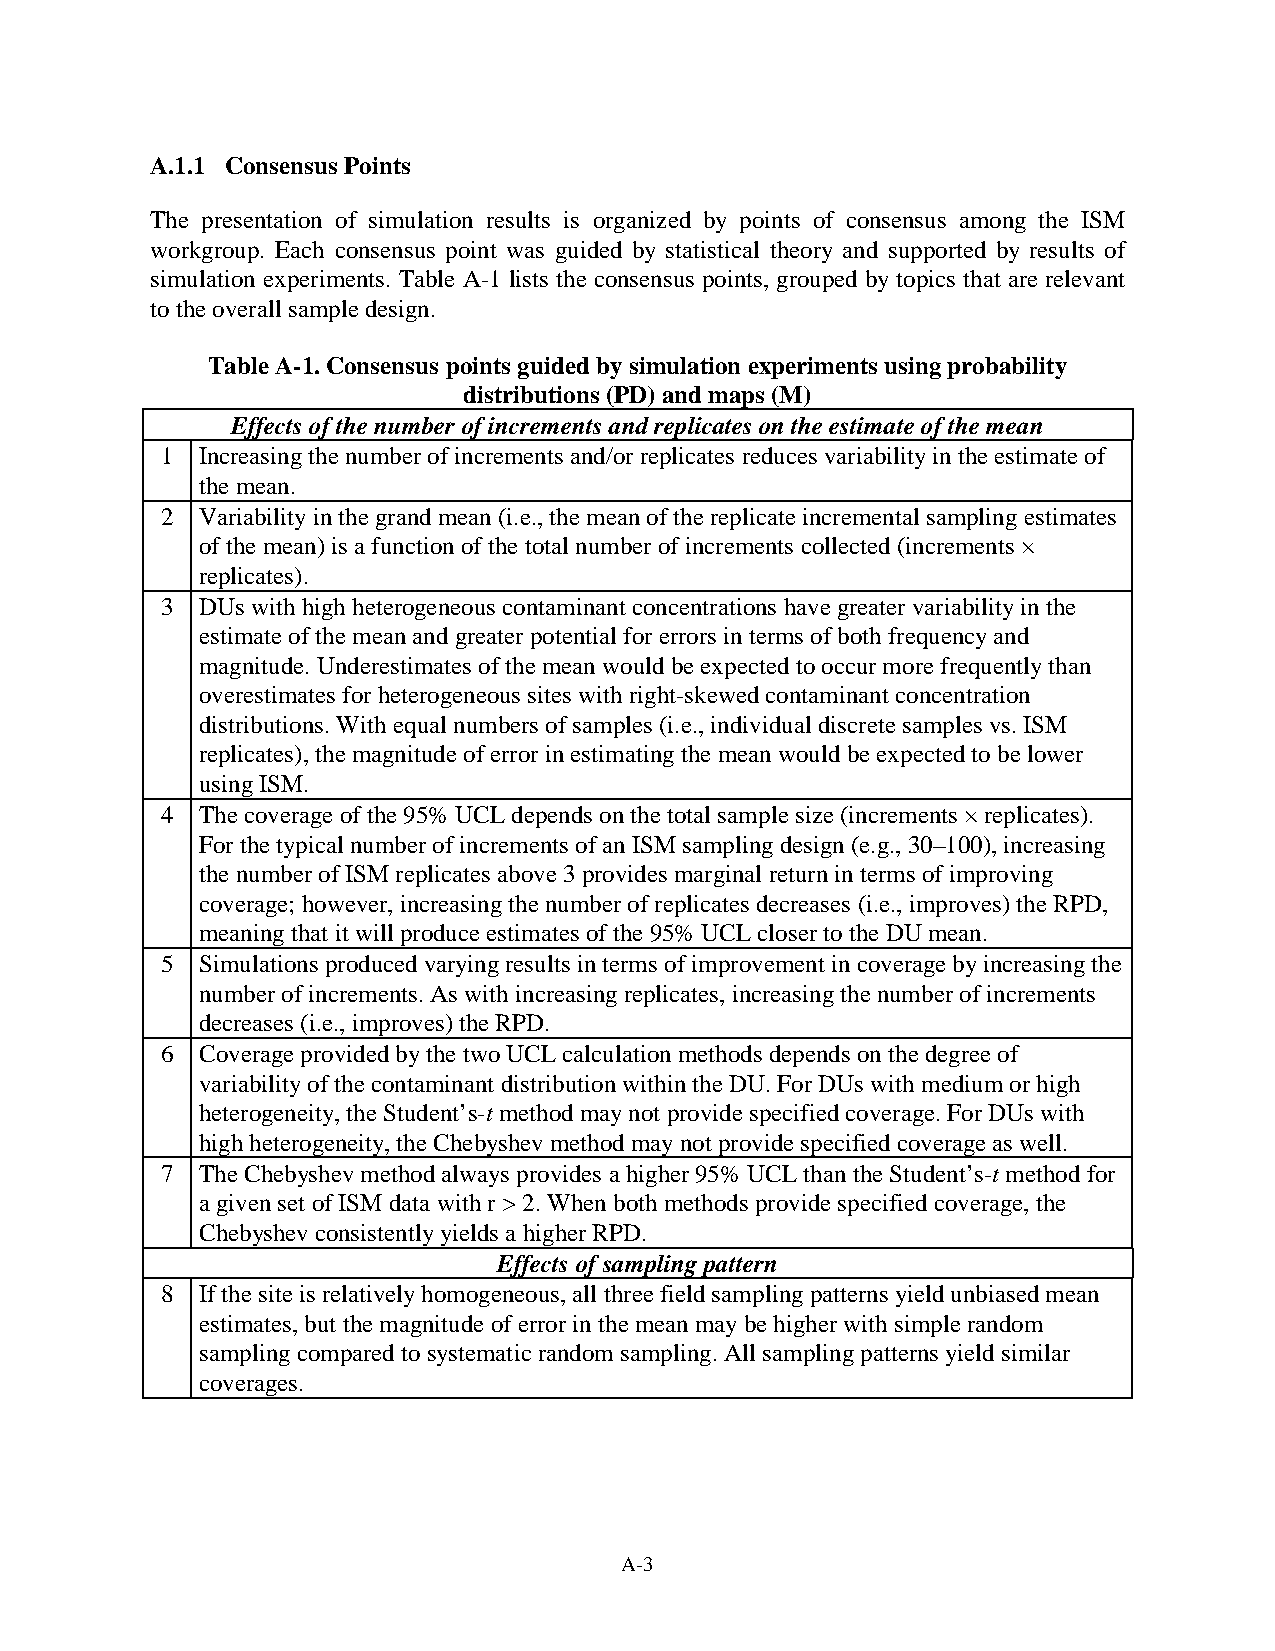
A.1.1 Consensus Points
 The presentation of simulation results is organized by points of consensus among the ISM
 workgroup. Each consensus point was guided by statistical theory and supported by results of
 simulation experiments. Table A-1 lists the consensus points, grouped by topics that are relevant
 to the overall sample design.
 Table A-1. Consensus points guided by simulation experiments using probability
 distributions (PD) and maps (M)
 Effects of the number of increments and replicates on the estimate of the mean
 1 Increasing the number of increments and/or replicates reduces variability in the estimate of
 the mean.
 2 Variability in the grand mean (i.e., the mean of the replicate incremental sampling estimates
 of the mean) is a function of the total number of increments collected (increments ×
 replicates).
 3 DUs with high heterogeneous contaminant concentrations have greater variability in the
 estimate of the mean and greater potential for errors in terms of both frequency and
 magnitude. Underestimates of the mean would be expected to occur more frequently than
 overestimates for heterogeneous sites with right-skewed contaminant concentration
 distributions. With equal numbers of samples (i.e., individual discrete samples vs. ISM
 replicates), the magnitude of error in estimating the mean would be expected to be lower
 using ISM.
 4 The coverage of the 95% UCL depends on the total sample size (increments × replicates).
 For the typical number of increments of an ISM sampling design (e.g., 30–100), increasing
 the number of ISM replicates above 3 provides marginal return in terms of improving
 coverage; however, increasing the number of replicates decreases (i.e., improves) the RPD,
 meaning that it will produce estimates of the 95% UCL closer to the DU mean.
 5 Simulations produced varying results in terms of improvement in coverage by increasing the
 number of increments. As with increasing replicates, increasing the number of increments
 decreases (i.e., improves) the RPD.
 6 Coverage provided by the two UCL calculation methods depends on the degree of
 variability of the contaminant distribution within the DU. For DUs with medium or high
 heterogeneity, the Student’s-t method may not provide specified coverage. For DUs with
 high heterogeneity, the Chebyshev method may not provide specified coverage as well.
 7 The Chebyshev method always provides a higher 95% UCL than the Student’s-t method for
 a given set of ISM data with r > 2. When both methods provide specified coverage, the
 Chebyshev consistently yields a higher RPD.
 Effects of sampling pattern
 8 If the site is relatively homogeneous, all three field sampling patterns yield unbiased mean
 estimates, but the magnitude of error in the mean may be higher with simple random
 sampling compared to systematic random sampling. All sampling patterns yield similar
 coverages.
 A-3